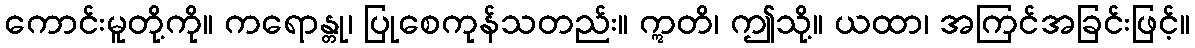
ကောင်းမူတို့ကို။ ကရောန္တု၊ ပြုစေကုန်သတည်း။ ဣတိ၊ ဤသို့။ ယထာ၊ အကြင်အခြင်းဖြင့်။